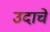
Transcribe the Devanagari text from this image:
उदाचे